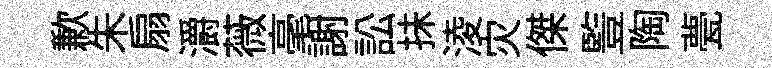
歉朱扇灂薇毫謝訟抺淩灾傑䜿陶甍